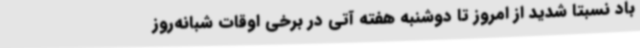
باد نسبتاً شدید از امروز تا دوشنبه هفته آتی در برخی اوقات شبانه‌روز